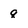
Character: q